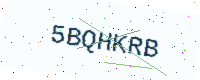
Text: 5BQHKRB